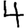
Digit: 4